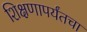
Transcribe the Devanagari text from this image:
शिक्षणापर्यंतचा